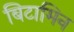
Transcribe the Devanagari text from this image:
बिटामिन